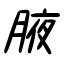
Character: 腋